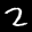
Label: 2